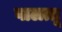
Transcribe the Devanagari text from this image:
वालत्तू